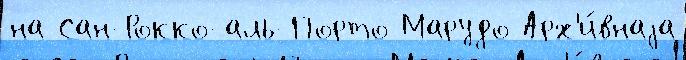
на Сан-Рокко-аль-Порто Марудо Арх'и́внаjа